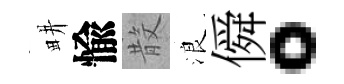
畊愉𣪚浪僢。